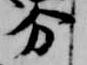
分